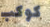
كوكب